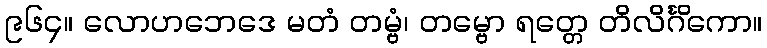
၉၆၄။ လောဟဘေဒေ မတံ တမ္ဗံ၊ တမ္ဗော ရတ္တေ တိလိင်္ဂိကော။